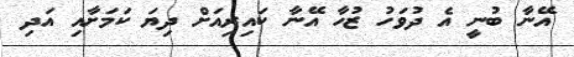
އޭނާ ބުނީ އެ ދުވަހު ޒުހާ އޭނާ ކައިރިއަށް ދިޔަ ކަމަށާއި އަދި